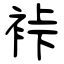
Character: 裃